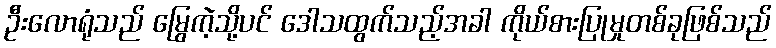
ဦးလောရုံသည် မြွေကဲ့သို့ပင် ဒေါသထွက်သည့်အခါ ကိုယ်စားပြုမှုတစ်ခုဖြစ်သည်